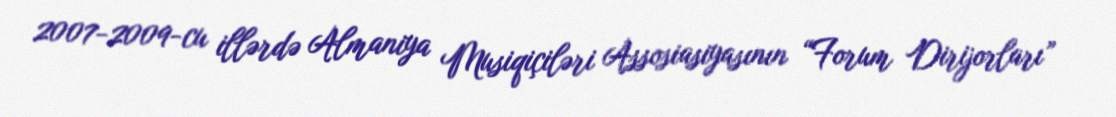
2007-2009-cu illərdə Almaniya Musiqiçiləri Assosiasiyasının “Forum Dirijorları”